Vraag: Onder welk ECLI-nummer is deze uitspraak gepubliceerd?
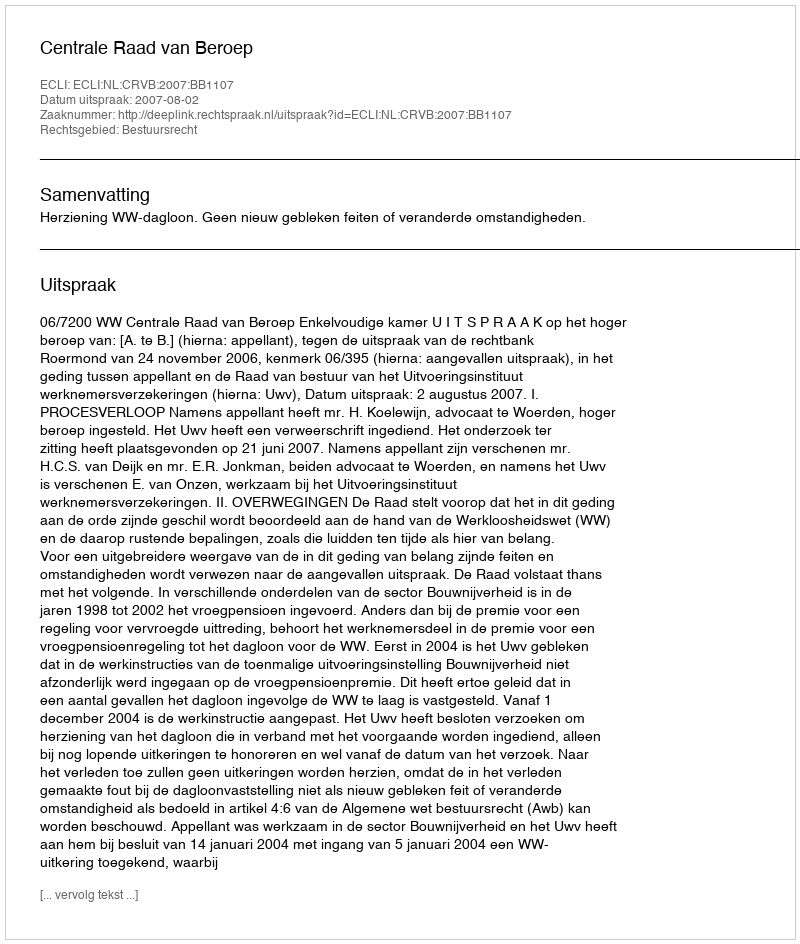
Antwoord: ECLI:NL:CRVB:2007:BB1107